Report on the bubonic plague in Bombay, 1896-1897
Year: 1896
Disease focus: Plague
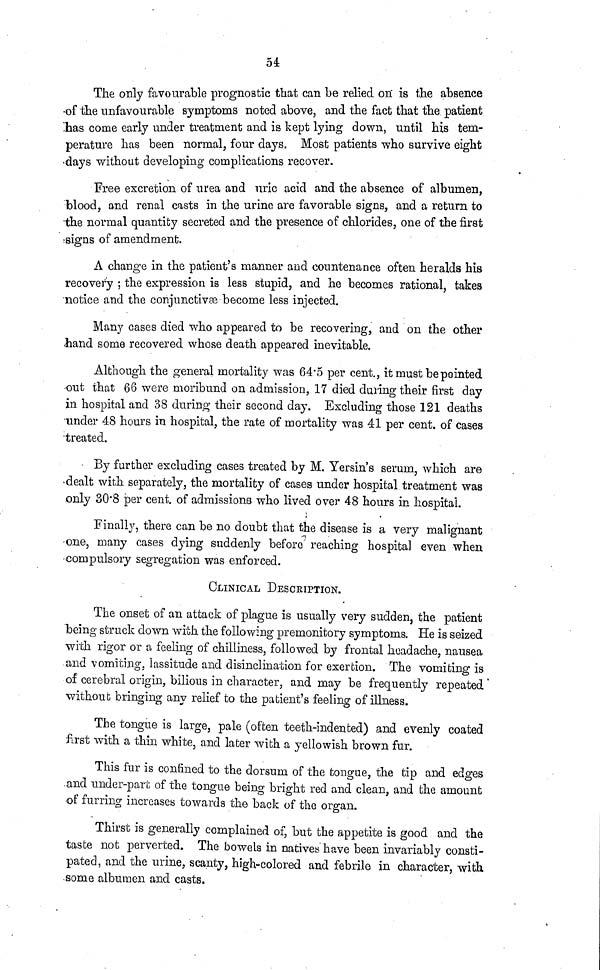
54:
The only favourable prognostic that can be relied on is the absence
•of the unfavourable symptoms noted above, and the fact that the patient
:has come early under treatment and is kept lying down, until his tem-
perature has been normal, four days. Most patients who survive eight
•days without developing complications recover.
Free excretion of urea and uric acid and the absence of albumen,
blood, and renal casts in the urine are favorable signs, and a return to
the normal quantity secreted and the presence of chlorides, one of the first
signs of amendment.
A change in the patient s manner and countenance often heralds his
recovery ; the expression is less stupid, and he becomes rational, takes
notice and the conjunctivas become less injected.
Many cases died who appeared to be recovering, and on. the other
hand some recovered whose death appeared inevitable.
Although the general mortality was 64.5 per cent., it must be pointed
out that 66 were moribund on admission, 17 died during their first day
in hospital and 38 during their second day. Excluding those 121 deaths
under 48 hours in hospital, the rate of mortality was 41 per cent, of cases
•treated.
By further excluding cases treated by M. Yersin's serum, which are
dealt with separately, the mortality of cases under hospital treatment was
only 30.8 per cent of admissions who lived over 48 hours in hospital.
Finally, there can be no doubt that the disease is a very malignant
one, many cases dying suddenly before reaching hospital even when
•compulsory segregation was enforced.
CLINICAL DESCRIPTION.
The onset of an attack of plague is usually very sudden, the patient
being struck down with the following premonitory symptoms. He is seized
with rigor or a feeling of chilliness, followed by frontal headache, nausea
and vomiting, lassitude and disinclination for exertion. The vomiting is
of cerebral origin, bilious in character, and may be frequently repeated
without bringing any relief to the patient's feeling of illness.
The tongue is large, pale (often teeth-indented) and evenly coated
first with a thin white, and later with a yellowish brown fur.
This fur is confined to the dorsum of the tongue, the tip and edges
and under-part of the tongue being bright red and clean, and the amount
of furring increases towards the back of the organ.
Thirst is generally complained of, but the appetite is good and the
taste not perverted. The bowels in natives have been invariably consti-
pated, and the urine, scanty, high-colored and febrile in character, with
some albumen and casts.